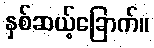
နှစ်ဆယ့်ခြောက်။